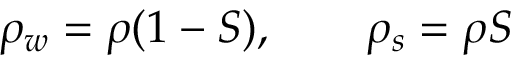
\rho _ { w } = \rho ( 1 - S ) , \qquad \rho _ { s } = \rho S